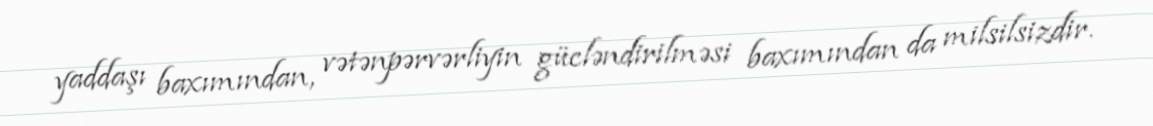
yaddaşı baxımından, vətənpərvərliyin gücləndirilməsi baxımından da milsilsizdir.